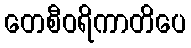
တေစီဝရိကာတိပေ